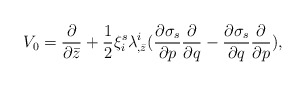
\begin{align*}V_0 = {\partial \over \partial \bar z} + {1\over 2} \xi^s_i\lambda^i_{,\bar z}({\partial \sigma_s \over \partial p}{\partial \over \partial q} - {\partial \sigma_s \over \partial q}{\partial \over \partial p}),\end{align*}